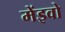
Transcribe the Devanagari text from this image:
मेंइवो